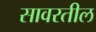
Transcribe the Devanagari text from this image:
सावरतील